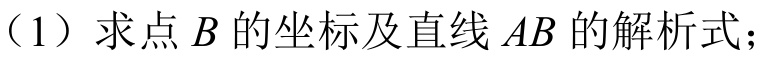
（1）求点\(B\)的坐标及直线\(AB\)的解析式；